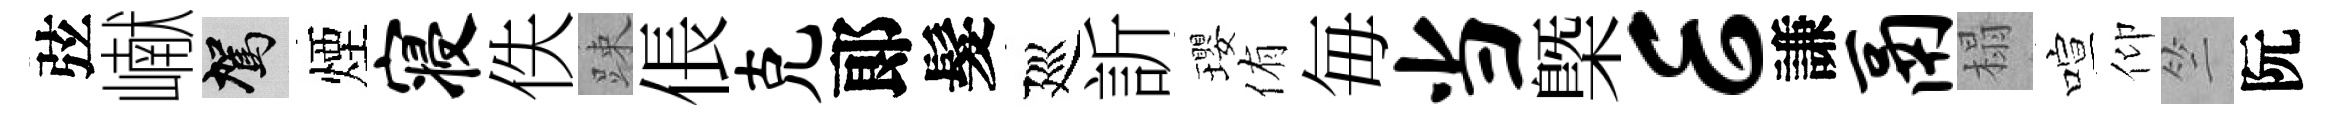
弦𪩘駕煙寝佚踈倀克郞髮廵訢瓔侑毎当㮣E謙鬲榻喧仰竺阮